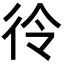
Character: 彾